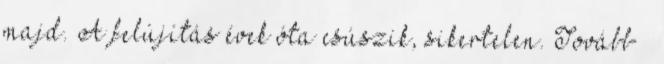
majd. A felújítás évek óta csúszik, sikertelen. Tovább ›